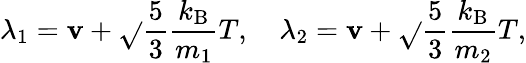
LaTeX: \lambda_{1}=\mathbf{v}+\sqrt{}{{\frac{{5}}{{3}}\frac{{k_{\mathrm{{B}}}}}{{m_{1}}}T}},\quad\lambda_{2}=\mathbf{v}+\sqrt{}{{\frac{{5}}{{3}}\frac{{k_{\mathrm{{B}}}}}{{m_{2}}}T}},